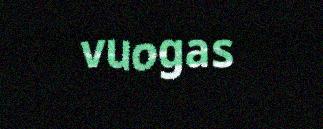
vuogas